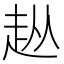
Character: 𧺣